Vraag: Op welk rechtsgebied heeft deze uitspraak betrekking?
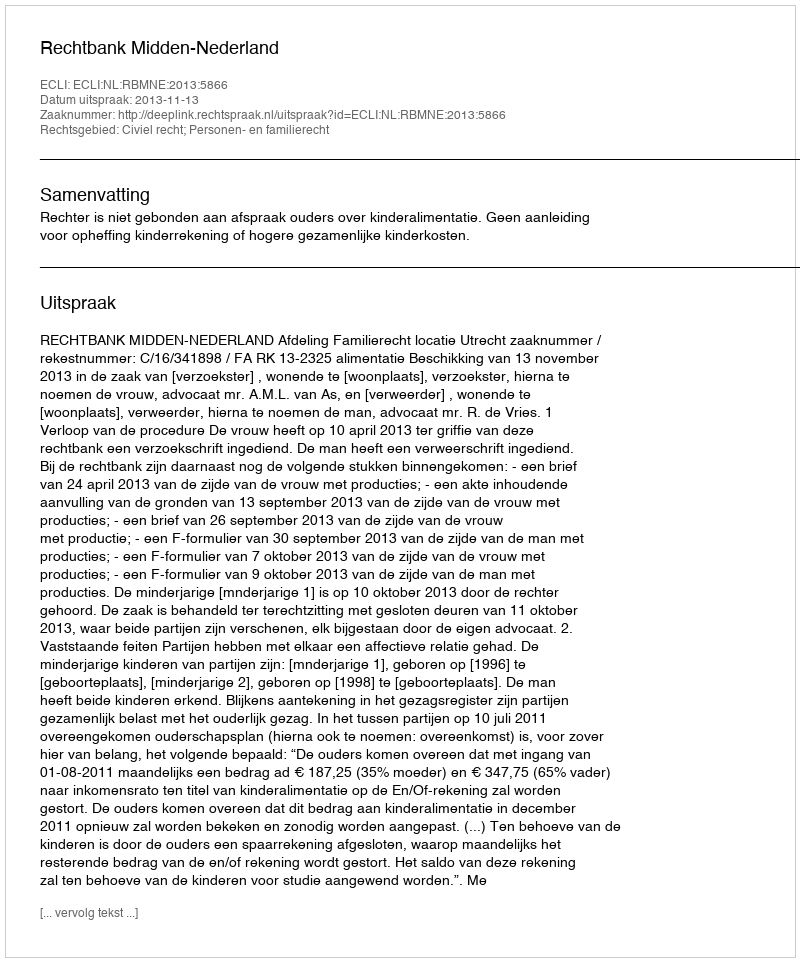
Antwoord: Civiel recht; Personen- en familierecht